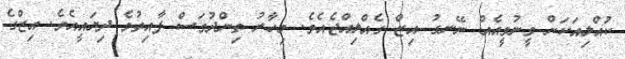
ކުއްލިއަކަށް ވީނުވީއެއް ނޭނގު އިޒް ގެއްލިއްޖެއެވެ. މިހާރު ތިންދުވަސް ފާއިތުވެ ދިޔައީއެވެ. އިޒްގެ